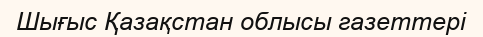
Шығыс Қазақстан облысы газеттері